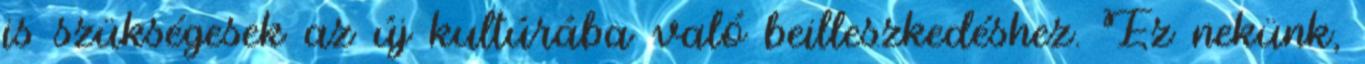
is szükségesek az új kultúrába való beilleszkedéshez. Ez nekünk,